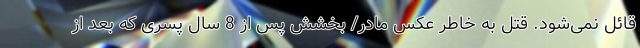
قائل نمی‌شود. قتل به خاطر عکس مادر/ بخشش پس از 8 سال پسری که بعد از